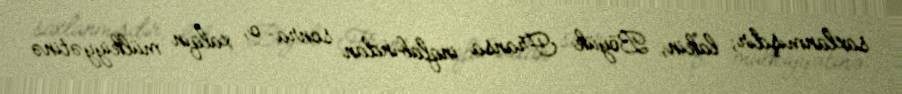
saxlanmışdır; lakin, Böyük Fransa inqlabından sonra o, xalqın mülkiyyətinə